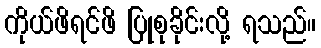
ကိုယ်ဖိရင်ဖိ ပြုစုခိုင်းလို့ ရသည်။